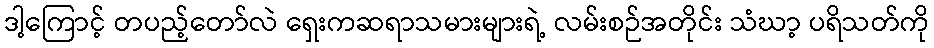
ဒါ့ကြောင့် တပည့်တော်လဲ ရှေးကဆရာသမားများရဲ့ လမ်းစဉ်အတိုင်း သံဃာ့ ပရိသတ်ကို